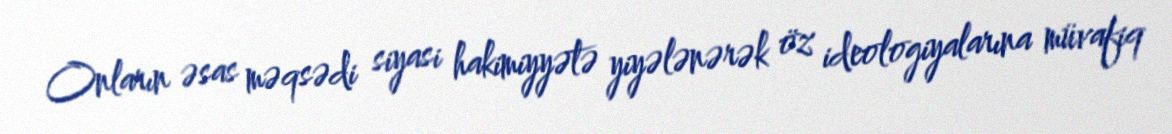
Onların əsas məqsədi siyasi hakimiyyətə yiyələnərək öz ideologiyalarına müvafiq